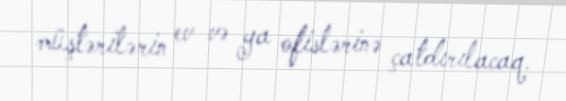
müştərilərin ev və ya ofislərinə çatdırılacaq.